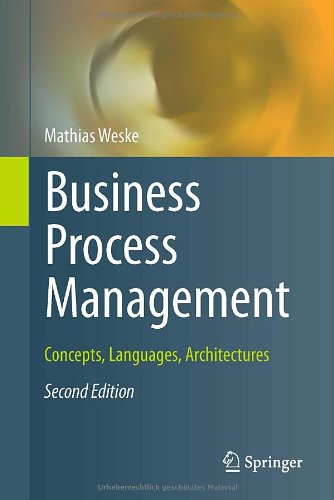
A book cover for Business Process Management: Concepts, Languages, Architectures; Mathias Weske; Computers & Technology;